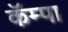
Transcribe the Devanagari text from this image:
कॅम्पा